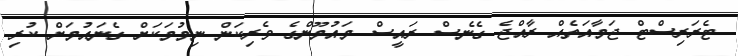
ޓެރަރިސްޓް ޖަމާއަތެއް ރާއްޖެ ގެނެސް ރައީސް މައުމޫންގެ ވެރިކަން ނިމުމަކަށް ގެނައުމަށް ކުރި